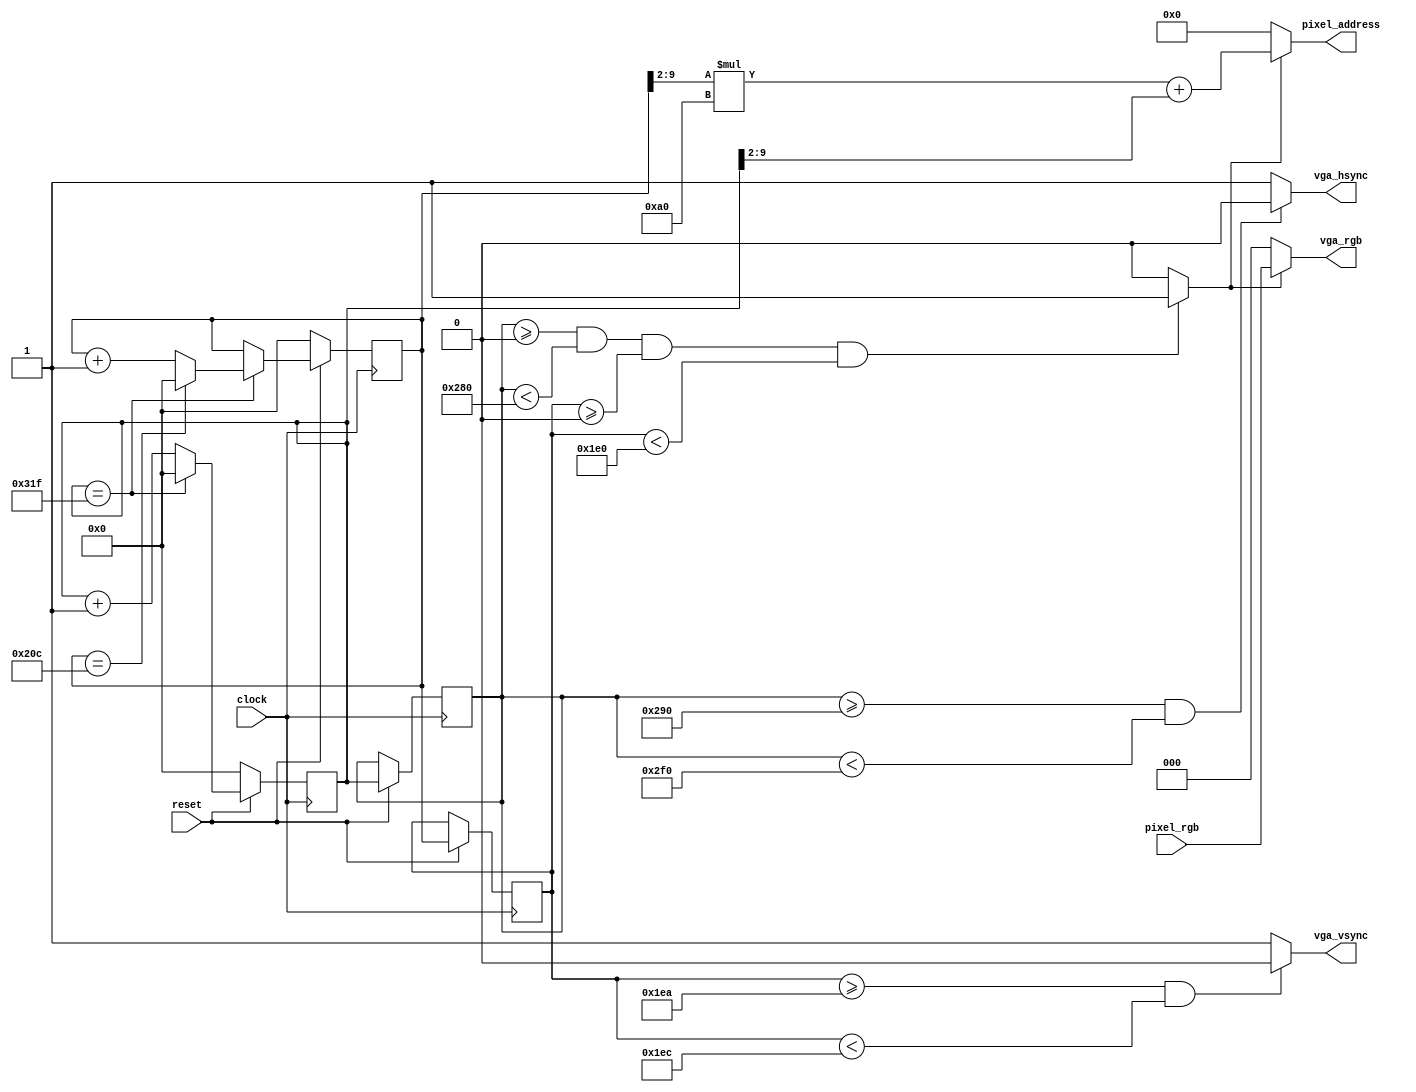
module vga_module(         
	// Inputs
	pixel_rgb,					// RGB del pxel a escribir (lo lee de la memoria RAM con la imagen)
	reset,						// Reset - Active low
	clock,						// VGA clock
	// Outputs
	vga_hsync,					// VGA hsync 
	vga_vsync,					// VGA vsync
	vga_rgb,						// VGA RGB (datos del pixel a escribir en pantalla)
	pixel_address				// Direccin del pxel a escribir en la memoria (left to right, top to bottom)
);
	
	/* Parmetros*/
	
	parameter hactive = 640;
	parameter hactive_sh = 160;	// 640/4
	parameter hfrontporch = 16;
	parameter hsyncpulse = 96;
	parameter hbackporch = 48;
	parameter htotal = 800;
	
	parameter vactive = 480;
	parameter vfrontporch = 10;
	parameter vsyncpulse = 2;
	parameter vbackporch = 33;
	parameter vtotal = 525;

	/* Outputs */
	
	output reg [2:0] vga_rgb;
	output reg vga_hsync = 1'b1;
	output reg vga_vsync = 1'b1;
	output reg [14:0] pixel_address;
	
	wire [9:0] pixel_row;
	wire [9:0] pixel_col;
	
	/* Inputs */
	
	input wire [2:0] pixel_rgb;
	input wire reset;
	input wire clock;
	
	/* Contadores */
	
	reg [9:0] h_count = 0;	// Contador de pxeles horizontales
	reg [9:0] v_count = 0; 	// Contador de lneas verticales
	
	reg [9:0] next_h_count = 0; 
	reg [9:0] next_v_count = 0; 	
	
	reg active;				// Igual a 1 cuando se est en la zona activa (i.e. dentro de la pantalla)
	
	
	
	
	/* Actualizacin de contradores */
	
	always @(posedge clock) begin: COUNTER_LOGIC
		if (reset) begin
			h_count = next_h_count;
			v_count = next_v_count;
			if (next_h_count == (htotal - 1)) begin //Si se complet una lnea, resetea el contador de pxeles horizontales (y si no se complet, no actualizo v_count)
				next_h_count <= 0;
				if (next_v_count == (vtotal - 1)) begin //Si se complet la pantalla, resetea el contador de lneas
					next_v_count <= 0;
				end else begin
					next_v_count <= next_v_count + 1;
				end
			end else begin
				next_h_count <= next_h_count + 1;
			end
		end else begin
			next_h_count <= 0; //Si reset est activado, reinicio la pantalla
			next_v_count <= 0;
		end	
	end		
			
	
	/* Control de seales hsync y vsync */
	
	always @* begin
		// Busco si estoy en la zona activa de la pantalla para saber si mandar o no pxeles
		if (h_count >= 0 && h_count < hactive && v_count >= 0 && v_count < vactive)
			active = 1'b1;
		else
			active = 1'b0;
		
		// Busco si estoy en la zona de sync para saber si mandar o no las seales de sync (activo bajas)
		if (h_count >= (hfrontporch + hactive) && h_count < (hfrontporch + hactive + hsyncpulse))
			vga_hsync = 1'b0;
		else 
			vga_hsync = 1'b1;
			
		if (v_count >= (vfrontporch + vactive) && v_count < (vfrontporch + vactive + vsyncpulse))
			vga_vsync = 1'b0;
		else
			vga_vsync = 1'b1;
	end
	

	/* Escritura del pxel */

	assign pixel_row = v_count;
	assign pixel_col = h_count;
	
	always @* begin
	
		if (active) begin
			pixel_address <= (next_v_count>>2) * hactive_sh + (next_h_count>>2); //Busco la direccin del siguiente pxel a escribir en pantalla
			vga_rgb = pixel_rgb; //Mando el pxel actual a pantalla
		end else begin
			pixel_address = 0; //Si no estoy en la zona activa, no busco el siguiente pxel (no tendra sentido) y mando color negro
			vga_rgb = 3'b000;
		end
	end
endmodule